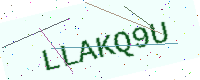
Text: LLAKQ9U